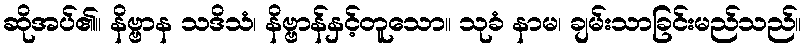
ဆိုအပ်၏။ နိဗ္ဗာန သဒိသံ၊ နိဗ္ဗာန်နှင့်တူသော။ သုခံ နာမ၊ ချမ်းသာခြင်းမည်သည်။